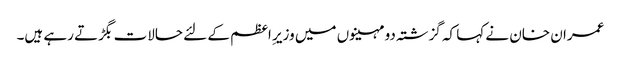
عمران خان نے کہا کہ گزشتہ دو مہینوں میں وزیرِ اعظم کے لئے حالات بگڑتے رہے ہیں۔